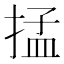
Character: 掹